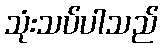
သုံးသပ်ပါသည်